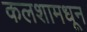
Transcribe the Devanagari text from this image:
कलशामधून